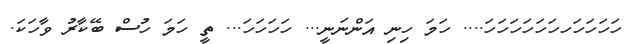
ހަހަހަހަހހަހަހަހަހަހަ.... ހަމަ ހިނި އަންނަނީ... ހަހަހަހަ... ތީ ހަމަ ހުސް ބޭކާރު ވާހަކަ.